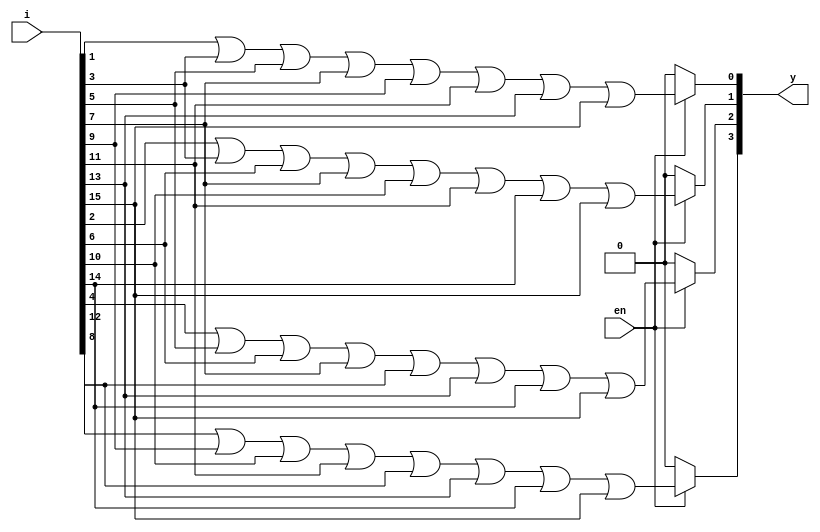
module Encoder_16x4 (output reg [3:0] y,input en,input [15:0] i);
always @(*) begin
    if(en == 1'b1) begin
        y[0] = i[1] | i[3] | i[5] | i[7] | i[9] | i[11] | i[13] | i[15];       
        y[1] = i[2] | i[3] | i[6] | i[7] | i[10] | i[11] | i[14] | i[15];      
        y[2] = i[4] | i[5] | i[6] | i[7] | i[12] | i[13] | i[14] | i[15];      
        y[3] = i[8] | i[9] | i[10] | i[11] | i[12] | i[13] | i[14] | i[15];    
    end
    else begin
        y = 4'b0;
    end
end
endmodule
//  assign y[0] = i[1] | i[3] | i[5] | i[7] | i[9] | i[11] | i[13] | i[15];
//  assign y[1] = i[2] | i[3] | i[6] | i[7] | i[10] | i[11] | i[14] | i[15];
//  assign y[2] = i[4] | i[5] | i[6] | i[7] | i[12] | i[13] | i[14] | i[15];
//  assign y[3] = i[8] | i[9] | i[10] | i[11] | i[12] | i[13] | i[14] | i[15];